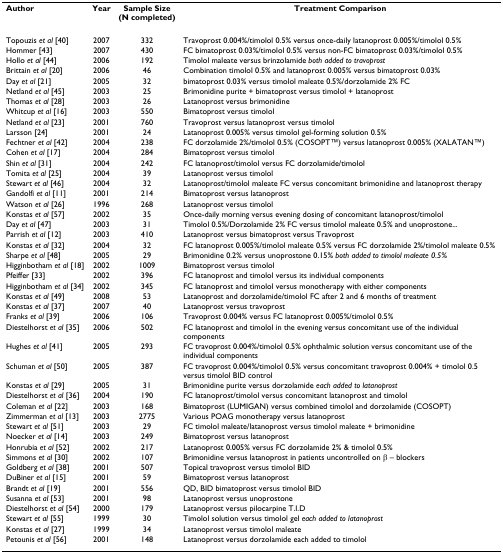
<table><thead><tr><td><b>Author</b></td><td><b>Year</b></td><td><b>Sample Size(N completed)</b></td><td><b>Treatment Comparison</b></td></tr></thead><tbody><tr><td>Topouzis <i>et al </i>[40]</td><td>2007</td><td>332</td><td>Travoprost 0.004%/timolol 0.5% versus once-daily latanoprost 0.005%/timolol 0.5%</td></tr><tr><td>Hommer [43]</td><td>2007</td><td>430</td><td>FC bimatoprost 0.03%/timolol 0.5% versus non-FC bimatoprost 0.03%/timolol 0.5%</td></tr><tr><td>Hollo <i>et al </i>[44]</td><td>2006</td><td>192</td><td>Timolol maleate versus brinzolamide <i>both added to travoprost</i></td></tr><tr><td>Brittain <i>et al </i>[20]</td><td>2006</td><td>46</td><td>Combination timolol 0.5% and latanoprost 0.005% versus bimatoprost 0.03%</td></tr><tr><td>Day <i>et al </i>[21]</td><td>2005</td><td>32</td><td>bimatoprost 0.03% versus timolol maleate 0.5%/dorzolamide 2% FC</td></tr><tr><td>Netland <i>et al </i>[45]</td><td>2003</td><td>25</td><td>Brimonidine purite + bimatoprost versus timolol + latanoprost</td></tr><tr><td>Thomas <i>et al </i>[28]</td><td>2003</td><td>26</td><td>Latanoprost versus brimonidine</td></tr><tr><td>Whitcup <i>et al </i>[16]</td><td>2003</td><td>550</td><td>Bimatoprost versus timolol</td></tr><tr><td>Netland <i>et al </i>[23]</td><td>2001</td><td>760</td><td>Travoprost versus latanoprost versus timolol</td></tr><tr><td>Larsson [24]</td><td>2001</td><td>24</td><td>Latanoprost 0.005% versus timolol gel-forming solution 0.5%</td></tr><tr><td>Fechtner <i>et al </i>[42]</td><td>2004</td><td>238</td><td>FC dorzolamide 2%/timolol 0.5% (COSOPTTM) versus latanoprost 0.005% (XALATANTM)</td></tr><tr><td>Cohen <i>et al </i>[17]</td><td>2004</td><td>284</td><td>Bimatoprost versus timolol</td></tr><tr><td>Shin <i>et al </i>[31]</td><td>2004</td><td>242</td><td>FC latanoprost/timolol versus FC dorzolamide/timolol</td></tr><tr><td>Tomita <i>et al </i>[25]</td><td>2004</td><td>39</td><td>Latanoprost versus timolol</td></tr><tr><td>Stewart <i>et al </i>[46]</td><td>2004</td><td>32</td><td>Latanoprost/timolol maleate FC versus concomitant brimonidine and latanoprost therapy</td></tr><tr><td>Gandolfi <i>et al </i>[11]</td><td>2001</td><td>214</td><td>Bimatoprost versus latanoprost</td></tr><tr><td>Watson <i>et al </i>[26]</td><td>1996</td><td>268</td><td>Latanoprost versus timolol</td></tr><tr><td>Konstas <i>et al </i>[57]</td><td>2002</td><td>35</td><td>Once-daily morning versus evening dosing of concomitant latanoprost/timolol</td></tr><tr><td>Day <i>et al </i>[47]</td><td>2003</td><td>31</td><td>Timolol 0.5%/Dorzolamide 2% FC versus timolol maleate 0.5% and unoprostone...</td></tr><tr><td>Parrish <i>et al </i>[12]</td><td>2003</td><td>410</td><td>Latanoprost versus bimatoprost versus Travoprost</td></tr><tr><td>Konstas <i>et al </i>[32]</td><td>2004</td><td>32</td><td>FC latanoprost 0.005%/timolol maleate 0.5% versus FC dorzolamide 2%/timolol maleate 0.5%</td></tr><tr><td>Sharpe <i>et al </i>[48]</td><td>2005</td><td>29</td><td>Brimonidine 0.2% versus unoprostone 0.15% <i>both added to timolol maleate 0.5%</i></td></tr><tr><td>Higginbotham <i>et al </i>[18]</td><td>2002</td><td>1009</td><td>Bimatoprost versus timolol</td></tr><tr><td>Pfeiffer [33]</td><td>2002</td><td>396</td><td>FC latanoprost and timolol versus its individual components</td></tr><tr><td>Higginbotham <i>et al </i>[34]</td><td>2002</td><td>345</td><td>FC latanoprost and timolol versus monotherapy with either components</td></tr><tr><td>Konstas <i>et al </i>[49]</td><td>2008</td><td>53</td><td>Latanoprost and dorzolamide/timolol FC after 2 and 6 months of treatment</td></tr><tr><td>Konstas <i>et al </i>[37]</td><td>2007</td><td>40</td><td>Latanoprost versus travoprost</td></tr><tr><td>Franks <i>et al </i>[39]</td><td>2006</td><td>106</td><td>Travoprost 0.004% versus FC latanoprost 0.005%/timolol 0.5%</td></tr><tr><td>Diestelhorst <i>et al </i>[35]</td><td>2006</td><td>502</td><td>FC latanoprost and timolol in the evening versus concomitant use of the individual components</td></tr><tr><td>Hughes <i>et al </i>[41]</td><td>2005</td><td>293</td><td>FC travoprost 0.004%/timolol 0.5% ophthalmic solution versus concomitant use of the individual components</td></tr><tr><td>Schuman <i>et al </i>[50]</td><td>2005</td><td>387</td><td>FC travoprost 0.004%/timolol 0.5% versus concomitant travoprost 0.004% + timolol 0.5 versus timolol BID control</td></tr><tr><td>Konstas <i>et al </i>[29]</td><td>2005</td><td>31</td><td>Brimonidine purite versus dorzolamide <i>each added to latanoprost</i></td></tr><tr><td>Diestelhorst <i>et al </i>[36]</td><td>2004</td><td>190</td><td>FC latanoprost/timolol versus concomitant latanoprost and timolol</td></tr><tr><td>Coleman <i>et al </i>[22]</td><td>2003</td><td>168</td><td>Bimatoprost (LUMIGAN) versus combined timolol and dorzolamide (COSOPT)</td></tr><tr><td>Zimmerman <i>et al </i>[13]</td><td>2003</td><td>2775</td><td>Various POAG monotherapy versus latanoprost</td></tr><tr><td>Stewart <i>et al </i>[51]</td><td>2003</td><td>29</td><td>FC timolol maleate/latanoprost versus timolol maleate + brimonidine</td></tr><tr><td>Noecker <i>et al </i>[14]</td><td>2003</td><td>249</td><td>Bimatoprost versus latanoprost</td></tr><tr><td>Honrubia <i>et al </i>[52]</td><td>2002</td><td>217</td><td>Latanoprost 0.005% versus FC dorzolamide 2% &amp; timolol 0.5%</td></tr><tr><td>Simmons <i>et al </i>[30]</td><td>2002</td><td>107</td><td>Brimonidine versus latanoprost in patients uncontrolled on β – blockers</td></tr><tr><td>Goldberg <i>et al </i>[38]</td><td>2001</td><td>507</td><td>Topical travoprost versus timolol BID</td></tr><tr><td>DuBiner <i>et al </i>[15]</td><td>2001</td><td>59</td><td>Bimatoprost versus latanoprost</td></tr><tr><td>Brandt <i>et al </i>[19]</td><td>2001</td><td>556</td><td>QD, BID bimatoprost versus timolol BID</td></tr><tr><td>Susanna <i>et al </i>[53]</td><td>2001</td><td>98</td><td>Latanoprost versus unoprostone</td></tr><tr><td>Diestelhorst <i>et al </i>[54]</td><td>2000</td><td>179</td><td>Latanoprost versus pilocarpine T.I.D</td></tr><tr><td>Stewart <i>et al </i>[55]</td><td>1999</td><td>30</td><td>Timolol solution versus timolol gel <i>each added to latanoprost</i></td></tr><tr><td>Konstas <i>et al </i>[27]</td><td>1999</td><td>34</td><td>Latanoprost versus timolol maleate</td></tr><tr><td>Petounis <i>et al </i>[56]</td><td>2001</td><td>148</td><td>Latanoprost versus dorzolamide each added to timolol</td></tr></tbody></table>